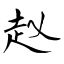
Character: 赵